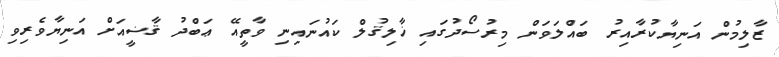
ޒާލިމުން އަނިޔާކުރާއިރު ބައްލަވަން މިރުސޯދުގައި ޚާލިޤުލް ކައުނައިނި ވާތީއޭ ޢަބްދު ޤާޟީއަށް އަނިޔާވެރިވި